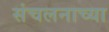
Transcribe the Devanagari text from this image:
संचलनाच्या